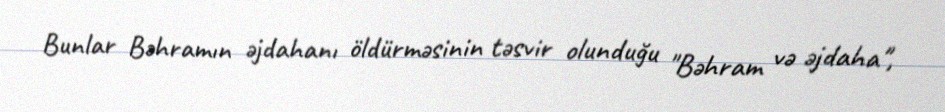
Bunlar Bəhramın əjdahanı öldürməsinin təsvir olunduğu "Bəhram və əjdaha",